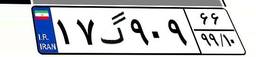
۱۷گ۹۰۹۶۶